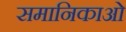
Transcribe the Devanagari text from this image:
समानिकाओं